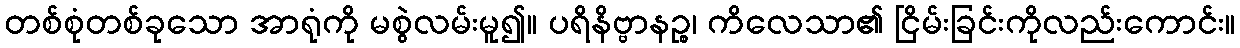
တစ်စုံတစ်ခုသော အာရုံကို မစွဲလမ်းမူ၍။ ပရိနိဗ္ဗာနဉ္စ၊ ကိလေသာ၏ ငြိမ်းခြင်းကိုလည်းကောင်း။